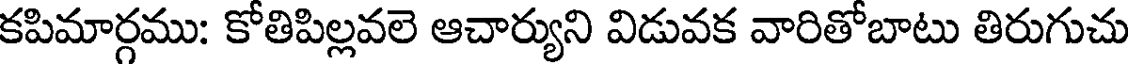
కపిమార్గము: కోతిపిల్లవలె ఆచార్యుని విడువక వారితోబాటు తిరుగుచు